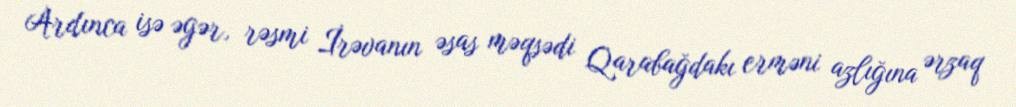
Ardınca isə əgər, rəsmi İrəvanın əsas məqsədi Qarabağdakı erməni azlığına ərzaq